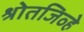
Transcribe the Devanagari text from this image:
श्रोतजिव्हे